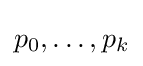
p_{0},\ldots ,p_{k}